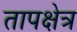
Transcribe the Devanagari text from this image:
तापक्षेत्र